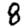
Digit: 8